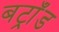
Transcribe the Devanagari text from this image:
बट्राँड